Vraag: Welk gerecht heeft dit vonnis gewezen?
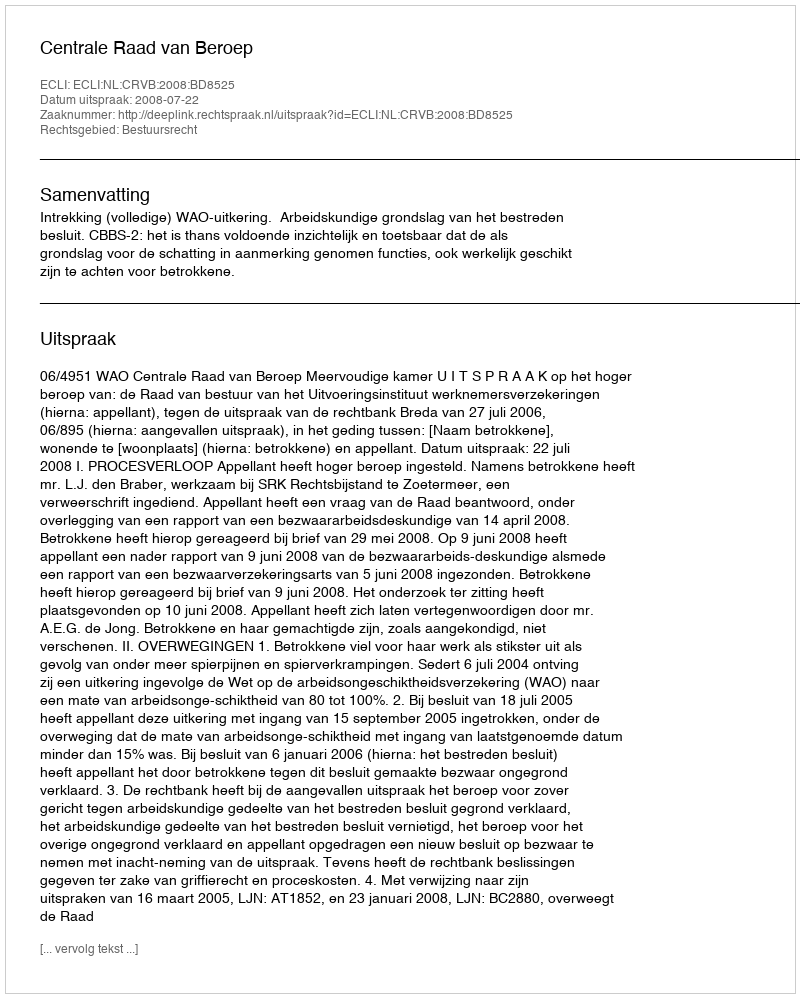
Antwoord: Centrale Raad van Beroep